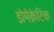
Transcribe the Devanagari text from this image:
डोमेक्रेटिक